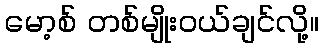
မော့စ် တစ်မျိုးဝယ်ချင်လို့။